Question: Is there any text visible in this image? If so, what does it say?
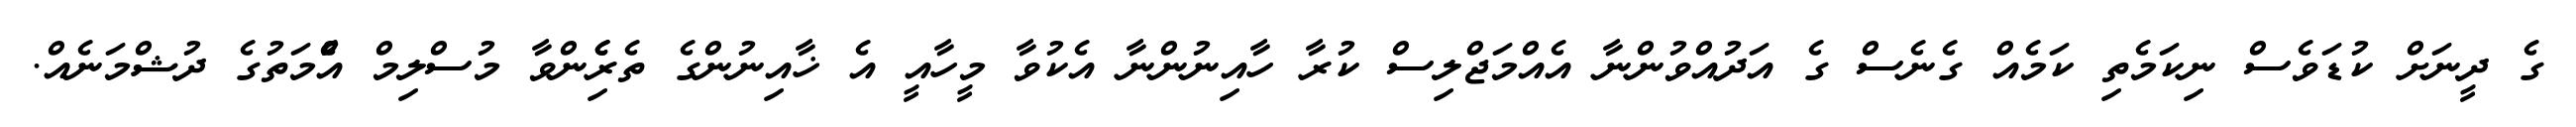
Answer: ގެ ދީނަށް ކުޑަވެސް ނިކަމެތި ކަމެއް ގެނެސް ގެ އަދުއްވުންނާ އެއްމަޖްލިސް ކުރާ ހާއިނުންނާ އެކުވާ މީހާއީ އެ ޚާއިނުންގެ ތެރެެިންވާ މުސްލިމް އުެްމަތުގެ ދުޝްމަނެއް.